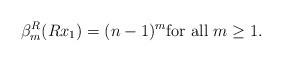
LaTeX: \begin{align*}\beta_m^R(Rx_1) = (n-1)^m \mbox{for all } m \ge 1.\end{align*}